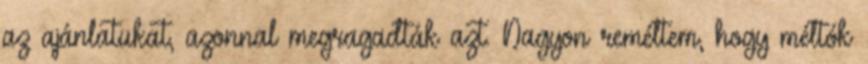
az ajánlatukat, azonnal megragadták azt. Nagyon reméltem, hogy méltók